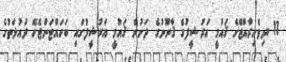
11. ދިވެހިރާއްޖޭގެ ޤައުމީ އަރުޝީފުގެ ޤާނޫނުގެ ދަށުން ޤައުމީ އަރުޝީފުގައި ބަހައްޓަންޖެހޭ ދައުލަތުގެ